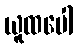
ယူထပေါ